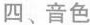
四、音色